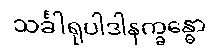
သင်္ခါရုပါဒါနက္ခန္ဓော